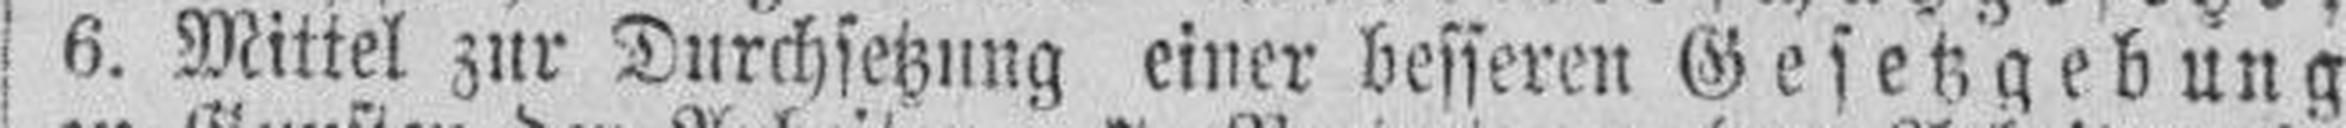
6. Mittel zur Durchsetzung einer besseren Gesetzgebung